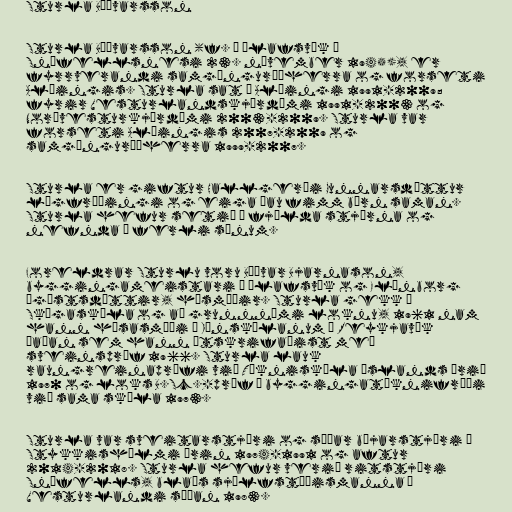
Sturla Böðvarsson

Sturla Böðvarsson (f. í Ólafsvík á
Snæfellsnesi 23. nóvember 1945), er
fyrrverandi samgönguráðherra og forseti
Alþingis. Sturla sat á Alþingi 1991-2009;
fyrir Vesturlandskjördæmi 1991-2003 og
Norðvesturkjördæmi 2003-2009. Sturla var
forseti Alþingis 2007-2009 og
samgönguráðherra 1999-2007.

Sturla er giftur Hallgerði Gunnarsdóttur
lögfræðingi og eiga þau fimm börn saman.
Sturla hefur setið í fjölda stjórna og
nefnda á ferli sínum.

Foreldrar Sturlu voru Böðvar Bjarnason,
byggingameistari í Ólafsvík og Elínborg
Ágústsdóttir, húsmóðir. Sturla gekk í
Skógaskóla og að grunnnámi loknu, 1961 nam
hann húsasmíði í Iðnskólanum í Reykjavík
þaðan sem hann útskrifaðist með
sveinspróf 1966. Sturla lauk
raungreinaprófi við Tækniskóla Íslands árið
1970 og loks B.Sc.-próf í byggingatæknifræði
við sama skóla 1973.

Sturla var sveitarstjóri og síðar bæjarstjóri í
Stykkishólmi árin 1974-1991 og aftur
2014-2018. Sturla hefur verið ritstjóri
Snæfells, blaðs sjálfstæðismanna á
Vesturlandi síðan 1983.